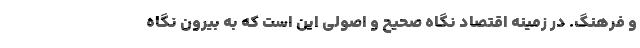
و فرهنگ. در زمینه اقتصاد نگاه صحیح و اصولی این است که به بیرون نگاه